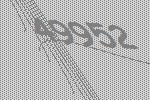
49952